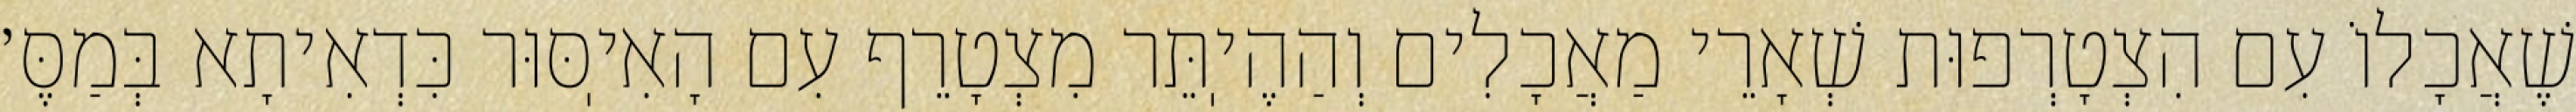
שֶׁאֲכָלוֹ עִם הִצְטָרְפוּת שְׁאָרֵי מַאֲכָלִים וְהַהֶיֽתֵּר מִצְטָרֵף עִם הָאִיֽסּוּר כִּדְאִיתָא בְּמַסֶּ׳